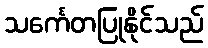
သင်္ကေတပြုနိုင်သည်